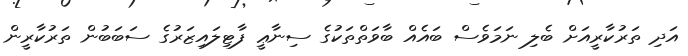
އަދި ތަރުކާރީއަށް ބެލި ނަމަވެސް ބައެއް ބާވަތްތަކުގެ ސިނާޢީ ފާޓިލައިޒަރުގެ ސަބަބުން ތަރުކާރީން